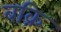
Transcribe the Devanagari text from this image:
बक्रि